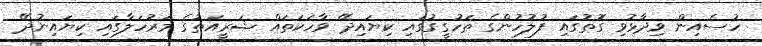
ހުސެއިން ވިދާޅުވި ގޮތުގައި ފުލުހުންގެ ތަހުގީގުގައި ކިޔައިދޭ ވާހަކަތައް ޝަރީއަތުގެ މަރުހަލާގައި ކިޔައިނުދޭ